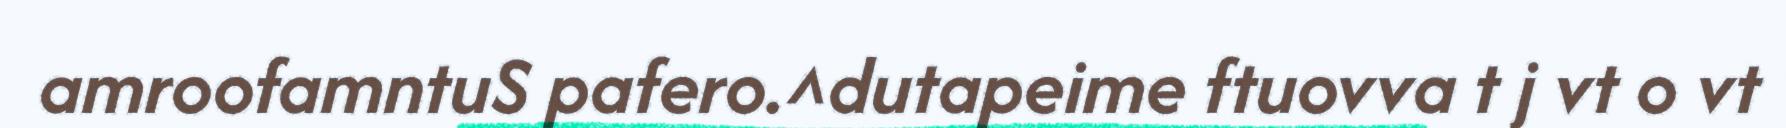
amroofamntuS pafero.^dutapeime ftuovva t j vt o vt